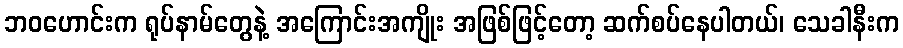
ဘဝဟောင်းက ရုပ်နာမ်တွေနဲ့ အကြောင်းအကျိုး အဖြစ်ဖြင့်တော့ ဆက်စပ်နေပါတယ်၊ သေခါနီးက